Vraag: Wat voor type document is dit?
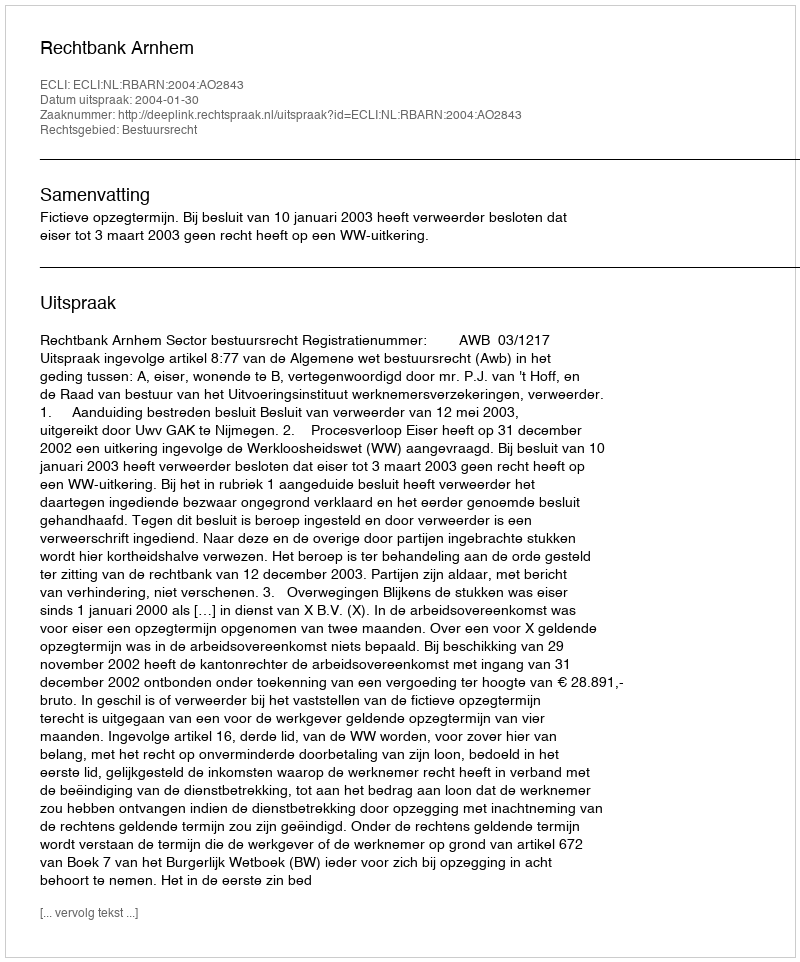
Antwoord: Uitspraak